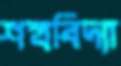
শস্ত্রবিদ্যা